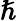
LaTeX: \hslash